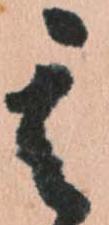
其